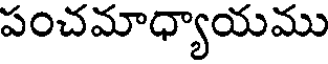
పంచమాధ్యాయము